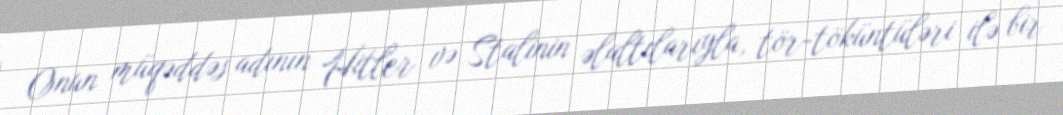
Onun müqəddəs adının Hitler və Stalinin əlaltılarıyla, tör-töküntüləri ilə bir